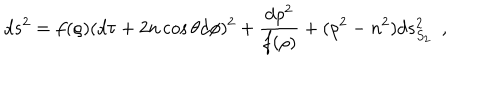
d s ^ { 2 } = f ( \rho ) ( d \tau + 2 n \cos \theta d \phi ) ^ { 2 } + { \frac { d \rho ^ { 2 } } { f ( \rho ) } } + ( \rho ^ { 2 } - n ^ { 2 } ) d s _ { S _ { 2 } } ^ { 2 } ~ ~ ,